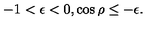
- 1 < \epsilon < 0 , \cos \rho \le - \epsilon .